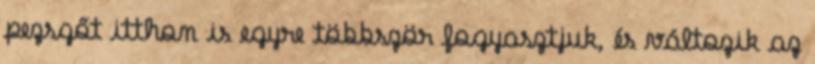
pezsgőt itthon is egyre többször fogyasztjuk, és változik az